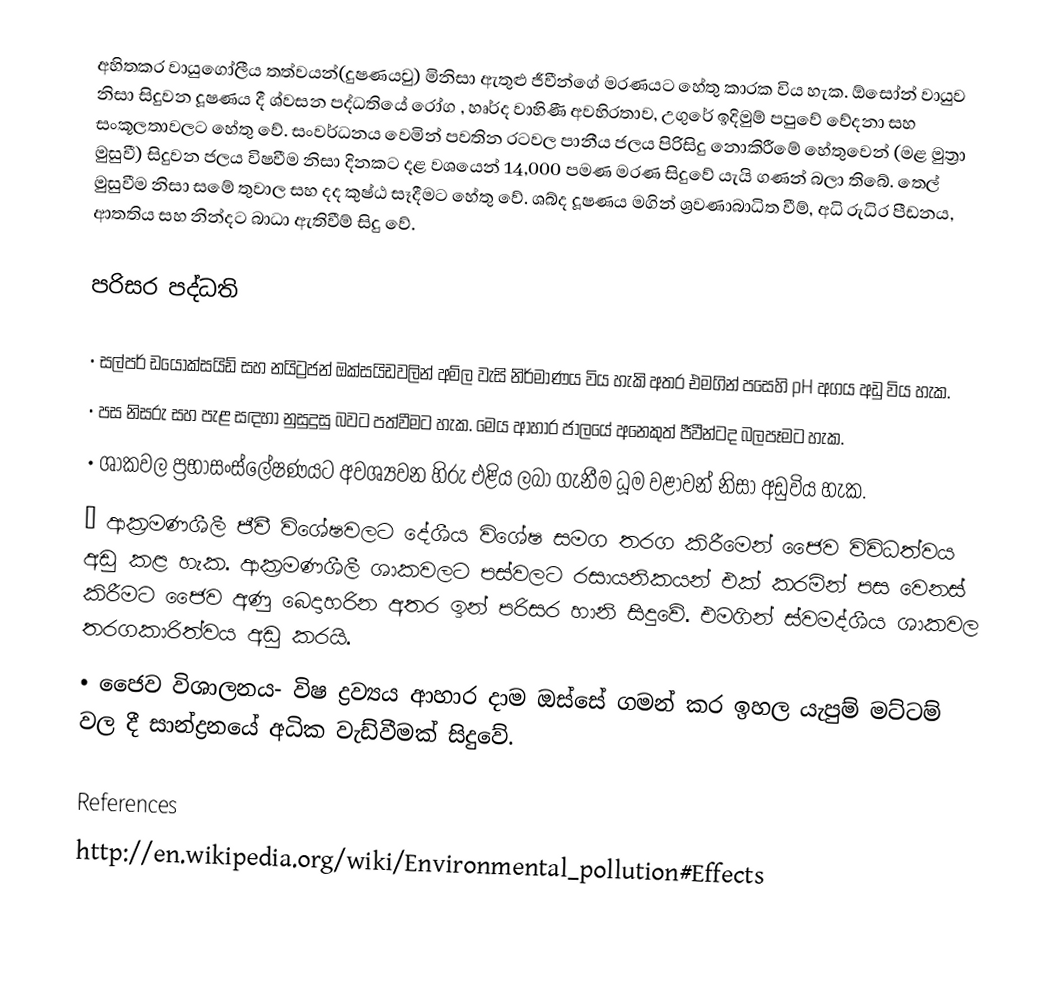
අහිතකර වායුගෝලීය තත්වයන්(දුෂණයවු) මිනිසා ඇතුළු ජීවීන්ගේ මරණයට හේතු කාරක විය හැක. ඕසෝන් වායුව නිසා සිදුවන දූෂණය දී ශ්වසන පද්ධතියේ රෝග , හෘර්ද වාහිණී අවහිරතාව, උගුරේ ඉදිමුම් පපුවේ වේදනා සහ සංකූලතාවලට හේතු වේ. සංවර්ධනය වෙමින් පවතින රටවල පානීය ජලය පිරිසිදු නොකිරීමේ  හේතුවෙන් (මළ මුත්‍රා මුසුවී) සිදුවන ජලය විෂවීම නිසා දිනකට දළ වශයෙන් 14,000 පමණ මරණ සිදුවේ යැයි ගණන් බලා තිබේ. තෙල් මුසුවීම නිසා සමේ තුවාල සහ දද කුෂ්ඨ සෑදීමට හේතු වේ. ශබ්ද දූෂණය මගින් ශ්‍රවණාබාධිත වීම්, අධි රුධිර පීඩනය, ආතතිය සහ නින්දට බාධා ඇතිවීම් සිදු වේ.

පරිසර පද්ධති

•	සල්පර් ඩයොක්සයිඩ් සහ නයිට්‍රජන් ඔක්සයිඩවලින් අම්ල වැසි නිර්මාණය විය හැකි අතර එමගින් පසෙහි pH අගය අඩු විය හැක.
•	පස නිසරු සහ පැළ සඳහා නුසුදුසු බවට පත්වීමට හැක. මෙය ආහාර ජාලයේ අනෙකුත් ජීවීන්ටද බලපෑමට හැක.
•	ශාකවල ප්‍රභාසංස්ලේෂණයට අවශ්‍යවන හිරු එළිය ලබා ගැනීම ධූම වළාවන් නිසා අඩුවිය හැක.
•	ආක්‍රමණශීලී ජීවී විශේෂවලට දේශීය විශේෂ සමග තරග කිරීමෙන් ජෛව විවිධත්වය අඩු කළ හැක. ආක්‍රමණශීලී ශාකවලට පස්වලට රසායනිකයන් එක් කරමින් පස වෙනස් කිරීමට ජෛව අණු බෙදාහරින අතර ඉන් පරිසර හානි සිදුවේ. එමගින් ස්වමද්ශීය ශාකවල තරගකාරිත්වය අඩු කරයි.
•	ජෛව විශාලනය- විෂ ද්‍රව්‍යය ආහාර දාම ඔස්සේ ගමන් කර ඉහල යැපුම් මට්ටම් වල දී සාන්ද්‍රනයේ අධික වැඩ්වීමක් සිදුවේ.

References
http://en.wikipedia.org/wiki/Environmental_pollution#Effects